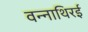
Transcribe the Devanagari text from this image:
वन्नाथिरई